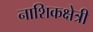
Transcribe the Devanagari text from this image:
नाशिकक्षेत्री